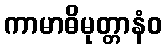
ကာမာဓိမုတ္တာနံဝ